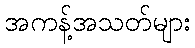
အကန့်အသတ်များ